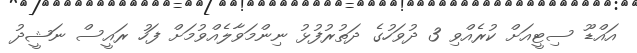
އައްޑޫ ސިޓީއަށް ކުރެއްވި 3 ދުވަހުގެ ދަތުރުފުޅު ނިންމަވާލެއްވުމަށް ފަހު ރައީސް ނަޝީދު